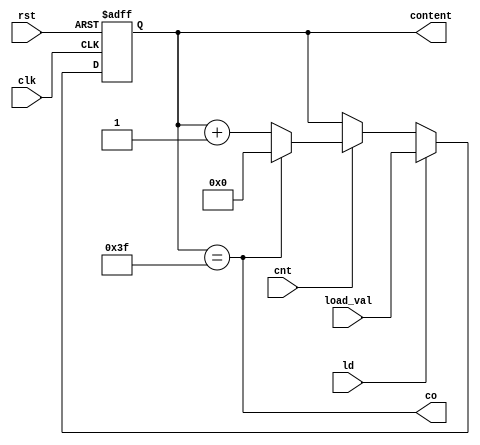
module modulo64 (load_val, ld, cnt, rst, clk, co, content);
    input ld, cnt, rst, clk;
    input [5:0] load_val;
    output co;
    output reg [5:0] content;

    always@(posedge clk or posedge rst) begin
        if (rst)
            content <= 6'd0;
        else if (ld)
            content <= load_val;
        else if(cnt)
            if (co)
                content <= 6'd0;
            else
                content <= content + 1;
    end

    assign co = content == 6'd63;
endmodule

module modulo25 (load_val, ld, cnt, rst, clk, co, content);
    input ld, cnt, rst, clk;
    input [4:0] load_val;
    output co;
    output reg [4:0] content;

    always@(posedge clk or posedge rst) begin
        if (rst)
            content <= 5'd0;
        else if (ld)
            content <= load_val;
        else if(cnt)
            if (co)
                content <= 5'd0;
            else
                content <= content + 1;
    end

    assign co = content == 5'd24;
endmodule